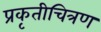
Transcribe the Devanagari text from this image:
प्रकृतीचित्रण